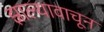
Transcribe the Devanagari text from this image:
झाल्यावाचून